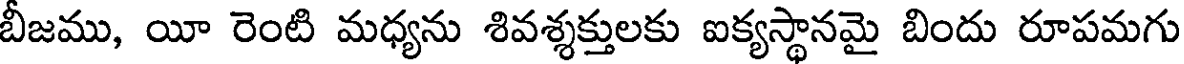
బీజము, యీ రెంటి మధ్యను శివశ్శక్తులకు ఐక్యస్థానమై బిందు రూపమగు